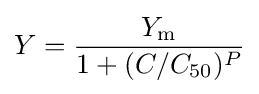
Y={\frac {Y_{\rm {m}}}{1+(C/C_{50})^{P}}}